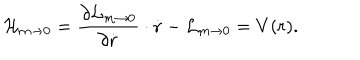
{ \cal H } _ { m \to 0 } = { \frac { \partial { \cal L } _ { m \to 0 } } { \partial \dot { \mathrm { \bf r } } } } \cdot \dot { \mathrm { \bf r } } - { \cal L } _ { m \to 0 } = V ( r ) .